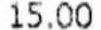
15.00